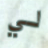
لي